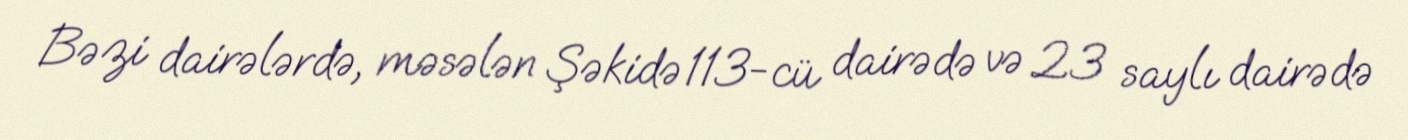
Bəzi dairələrdə, məsələn Şəkidə 113-cü dairədə və 23 saylı dairədə